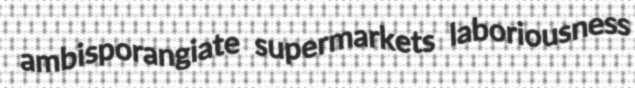
ambisporangiate supermarkets laboriousness